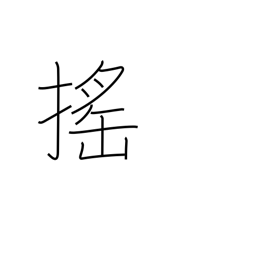
Meaning: shake